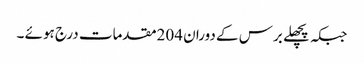
جبکہ پچھلے برس کے دوران 204مقدمات درج ہوئے ۔